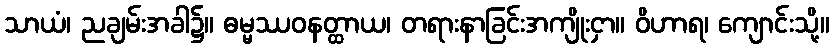
သာယံ၊ ညချမ်းအခါ၌။ ဓမ္မဿဝနတ္ထာယ၊ တရားနာခြင်းအကျိုးငှာ။ ဝိဟာရ၊ ကျောင်းသို့။